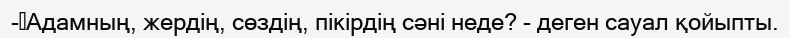
-	Адамның, жердің, сөздің, пікірдің сәні неде? - деген сауал қойыпты.